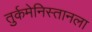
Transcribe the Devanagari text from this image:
तुर्कमेनिस्तानला